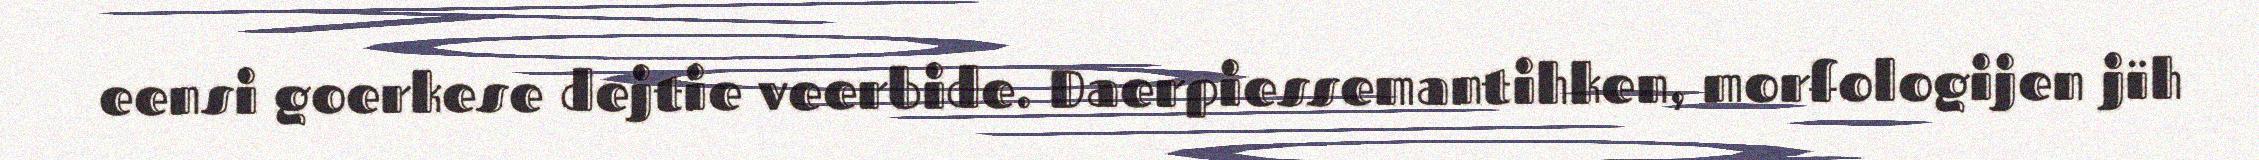
eensi goerkese dejtie veerbide. Daerpiessemantihken, morfologijen jïh